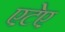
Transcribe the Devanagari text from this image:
एटेए